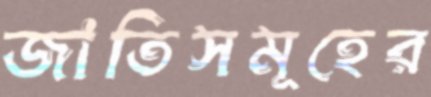
জাতিসমূহের